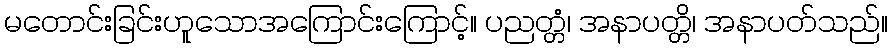
မတောင်းခြင်းဟူသောအကြောင်းကြောင့်။ ပညတ္တံ၊ အနာပတ္တိ၊ အနာပတ်သည်။